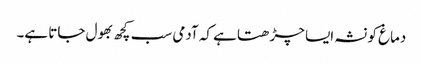
دماغ کو نشہ ایسا چڑھتا ہے کہ آدمی سب کچھ بھول جاتا ہے۔